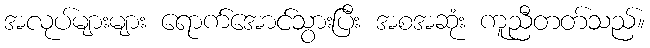
အလုပ်များများ ရောက်အောင်သွားပြီး အစအဆုံး ကူညီတတ်သည်။